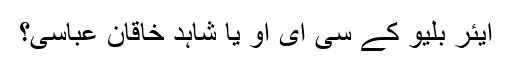
ایئر بلیو کے سی ای او یا شاہد خاقان عباسی؟